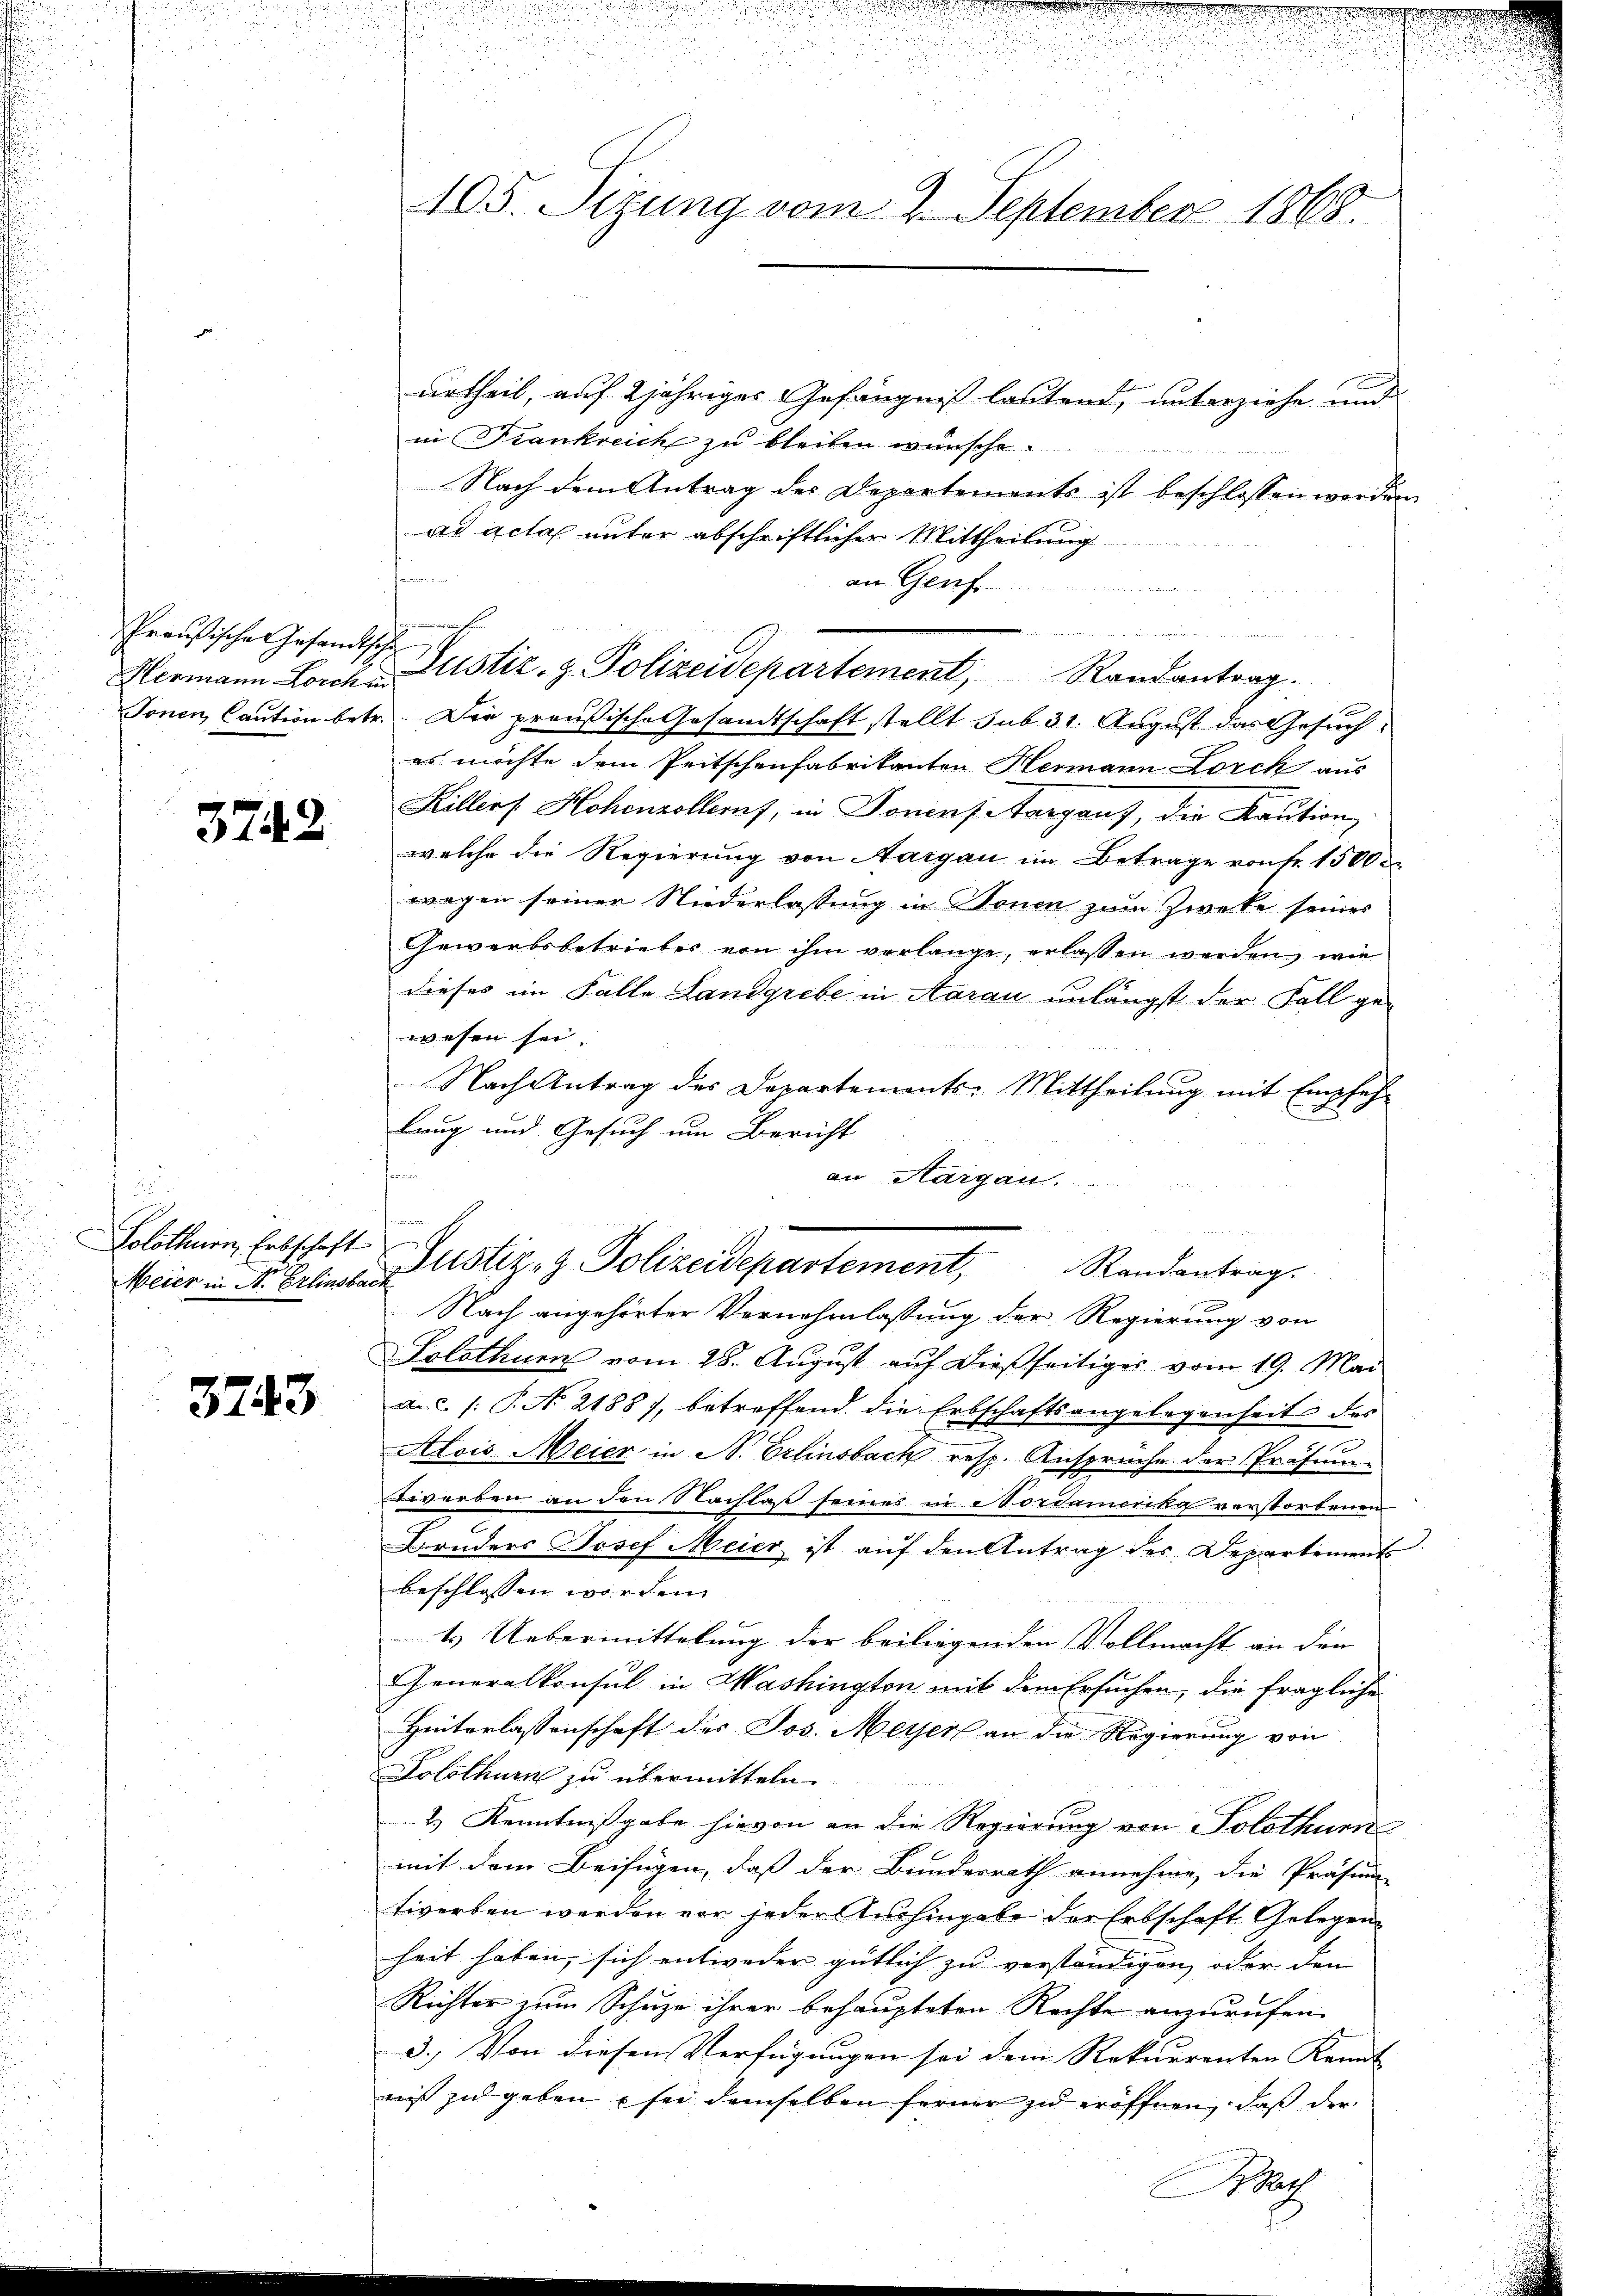
Preußische Gesandtsche

3742

.
Meier in N. Erlinsback

3743

urtheil, auf 2jähriges Gefängnis lautend, unterziehe und
in Frankreich zu bleiben wünsche.
Nach dem Antrag des Departements ist beschlossen werden
ad acta unter abschriftlicher Mittheilung
an Genf
 ertheit allenheit
Hermann Lorch Zustiz, z. Polizeidepartement, Randantrag.
Jonen Caution betr. Die preußische Gesandtschaft stellt sub 31. August das Gesuch
es möchte dem Peitschenfabrikanton Hermann Lorch aus
Killirt Hohenzollem, in Sonens Aargauf, die Kaution
welche die Regierung von Aargau im Betrage von fr. 1500
wegen seiner Niederlassung in Sonen zum Zwecke seines
Gewerbsbetrieber von ihm verlange, erlassen werden, wie
dieses im Falle Landgrebe in Aarau unlängst der Fall ge-
wesen sei.
Nach Antrag des Departements-Mittheilung mit Empfeh-
lang und Gesuch um Bericht
hammen
an Sargau.

Solothurn vom 28. Aŭgŭst aŭf dießseitiges vom 19. Mai
a.c. (: P. No 21887, betreffend die Erbschaftsangelegenheit des
.
Alois Meier in N. Erlinsbach resp. Ansprüche der Präsiworben an den Nachlaß seines in Nordamerika verstorbenen
2
Bonders Josef Meier ist aŭf den Antrag des Departement
beschlossen worden
ts Uebermittelung der beiliegenden Vollmacht an den
Generalkonsul in Washington mit dem Ersuchen, die fragliche
Hinterlassenschaft des Jos. Meyer an die Regierung von
Solothurn zu übermitteln.
2.) Kenntnißgabe hievon an die Regierung von Solothur
mit dem Beifügen, dass der Bundesrath annehme, die Präsi
tiverben werden vor jeder Aushingabe der Erbschaft Gelegen
heit haben, sich entweder gütlich zu verständigen, oder den
Richter zum Schuze ihrer behaupteten Rechte anzurufen.
3.) Von diesen Verfügungen sei dem Rekurrenten Kennt
nis zu geben sei demselben ferner zu eröffnen, daß der
Rath

105. Sizung vom 2. September 1868.

e
u
Solothurn, Erbschaft Zustiz- & Polizeidepartement, Randantrag.
Nach angehörter Vernehmlassung der Regierung von

2